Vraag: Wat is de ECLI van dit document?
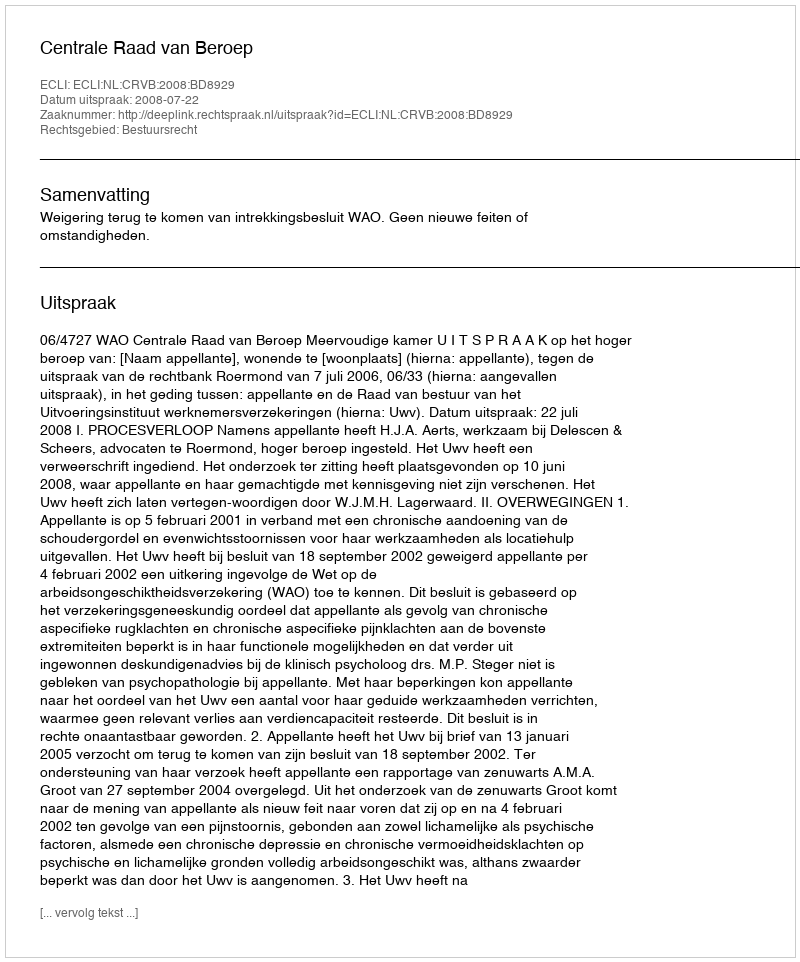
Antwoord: ECLI:NL:CRVB:2008:BD8929